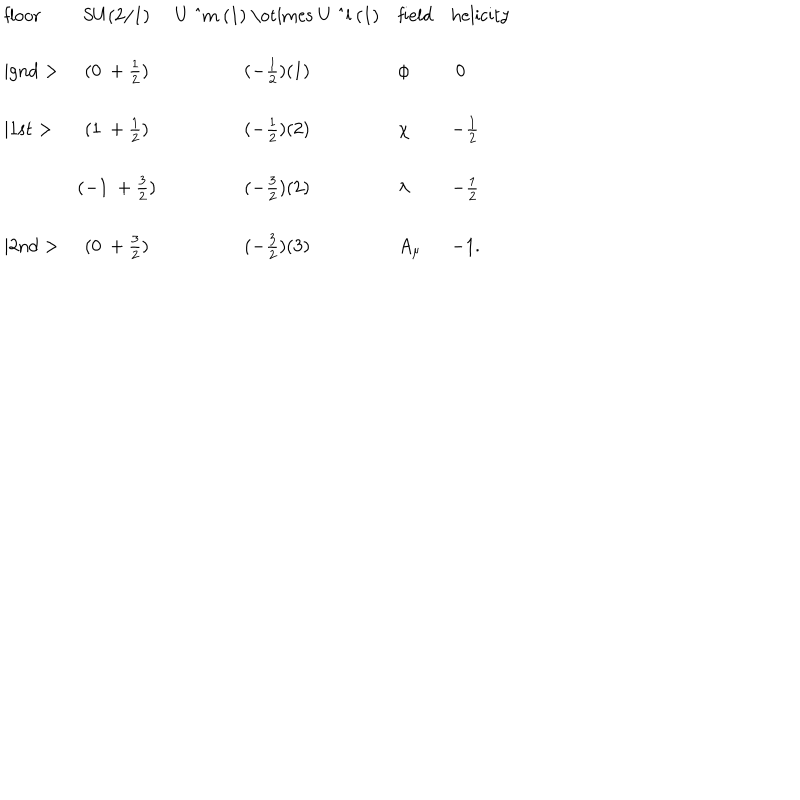
\begin{array} { l c c l l } { { \mathrm { f l o o r } } } & { { \mathrm { S U ( 2 / 1 ) } } } & { { \mathrm { U ~ ^ { m } ~ ( 1 ) ~ \otimes ~ U ~ ^ { l } ~ ( 1 ) } } } & { { \mathrm { f i e l d } } } & { { \mathrm { h e l i c i t y } } } \\ { { \mid \mathrm { g n d } > } } & { { ( 0 ~ + \frac { 1 } { 2 } ) } } & { { ( - \frac { 1 } { 2 } ) ( 1 ) } } & { { \phi } } & { { ~ 0 } } \\ { { \mid \mathrm { 1 s t } > } } & { { ( 1 ~ + \frac { 1 } { 2 } ) } } & { { ( - \frac { 1 } { 2 } ) ( 2 ) } } & { { \chi } } & { { - \frac { 1 } { 2 } } } \\ { { } } & { { ( - 1 ~ + \frac { 3 } { 2 } ) } } & { { ( - \frac { 3 } { 2 } ) ( 2 ) } } & { { \lambda } } & { { - \frac { 1 } { 2 } } } \\ { { \mid \mathrm { 2 n d } > } } & { { ( 0 ~ + \frac { 3 } { 2 } ) } } & { { ( - \frac { 3 } { 2 } ) ( 3 ) } } & { { A _ { \mu } } } & { { - 1 . } } \\ \end{array}